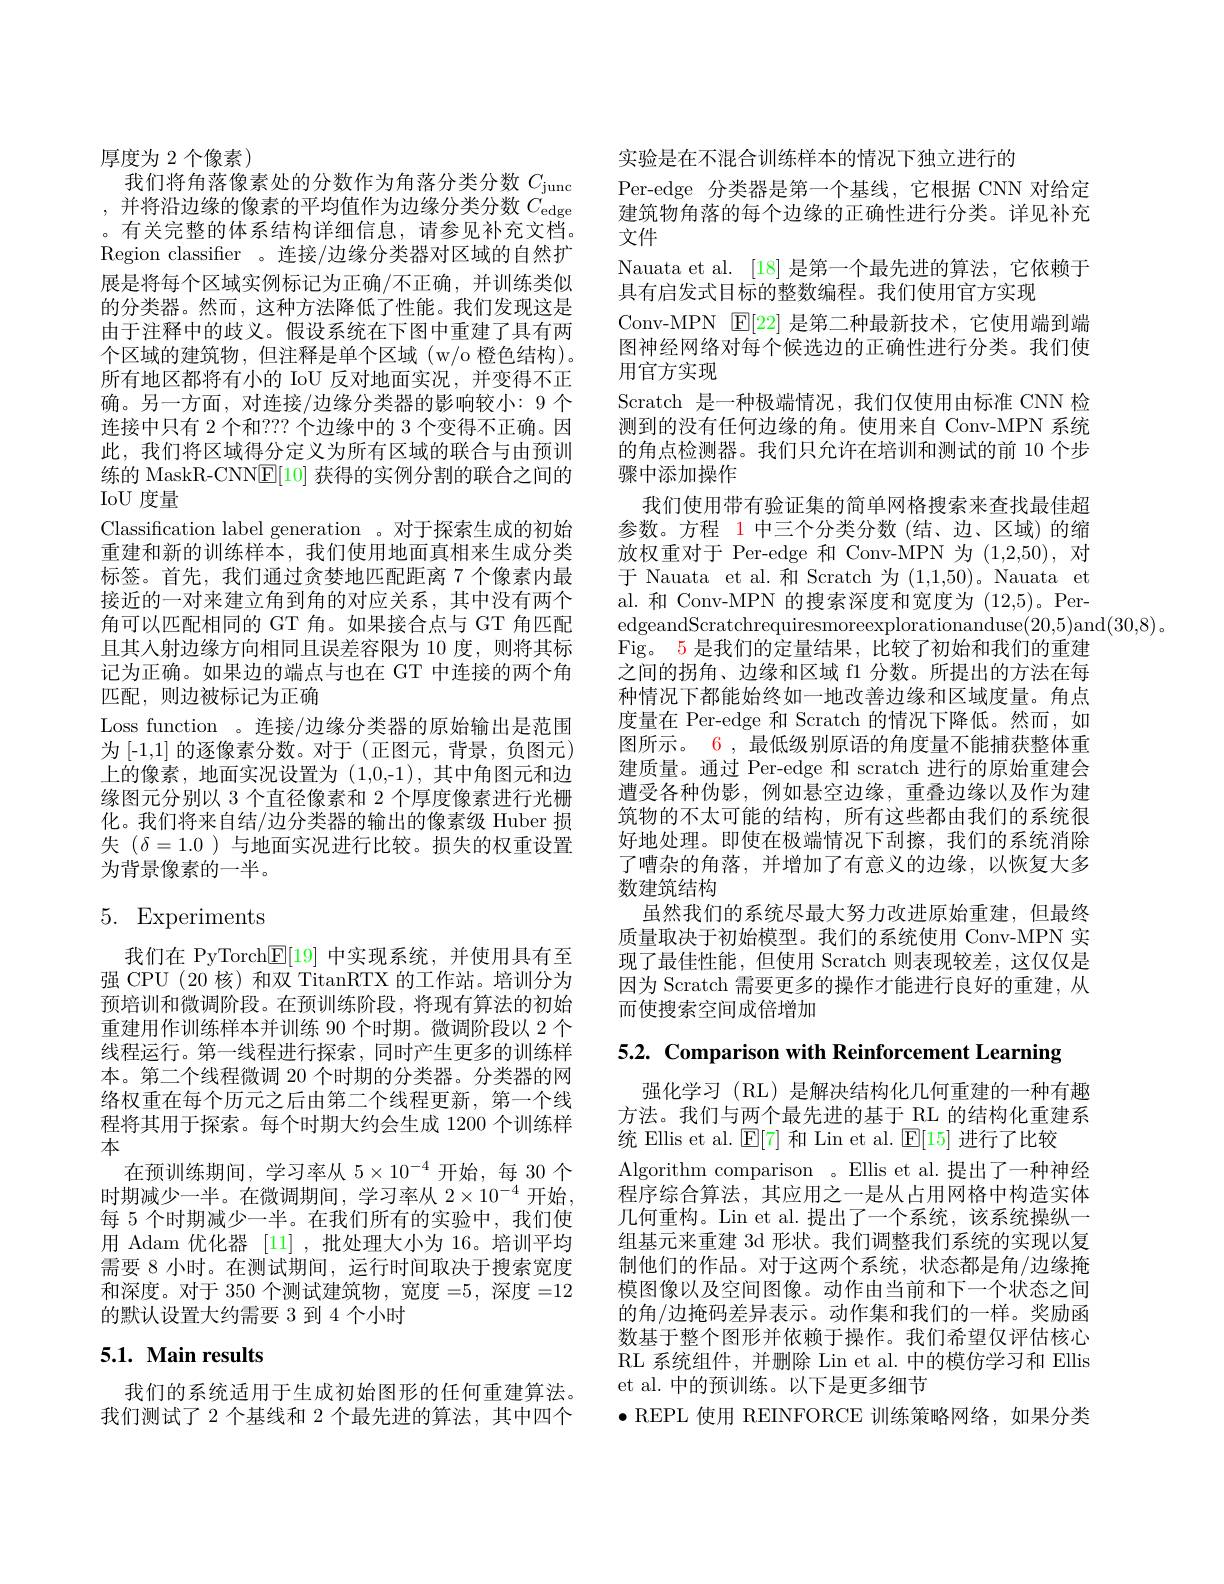
厚度为 2 个像素)
我们将角落像素处的分数作为角落分类分数$C_\mathrm{junc}$ ,并将沿边缘的像素的平均值作为边缘分类分数 $C_\mathrm{edge}$ 。有关完整的体系结构详细信息，请参见补充文档。Region classifier 。连接/边缘分类器对区域的自然扩展是将每个区域实例标记为正确/不正确，并训练类似的分类器。然而，这种方法降低了性能。我们发现这是由于注释中的歧义。假设系统在下图中重建了具有两个区域的建筑物，但注释是单个区域 (w/o 橙色结构)。所有地区都将有小的 IoU 反对地面实况，并变得不正确。另一方面，对连接/边缘分类器的影响较小：9 个连接中只有 2 个和？?? 个边缘中的 3 个变得不正确。因此，我们将区域得分定义为所有区域的联合与由预训练的 MaskR-CNN$\underline{\mathrm{E}}[10]$获得的实例分割的联合之间的IoU 度量
Classification label generation 。对于探索生成的初始重建和新的训练样本，我们使用地面真相来生成分类标签。首先，我们通过贪婪地匹配距离 7 个像素内最接近的一对来建立角到角的对应关系，其中没有两个角可以匹配相同的 GT 角。如果接合点与 GT 角匹配且其人射边缘方向相同且误差容限为 10 度，则将其标记为正确。如果边的端点与也在 GT 中连接的两个角匹配，则边被标记为正确
Loss function 。连接/边缘分类器的原始输出是范围为[-1,1] 的逐像素分数。对于(正图元，背景，负图元) 上的像素，地面实况设置为(1,0,-1),其中角图元和边缘图元分别以 3 个直径像素和 2 个厚度像素进行光栅化。我们将来自结/边分类器的输出的像素级 Huber 损失$(\delta=1.0$ )与地面实况进行比较。损失的权重设置为背景像素的一半。

# 5. Experiments

我们在 PyTorch$\boxed{\mathbb{E}}[19]$中实现系统，并使用具有至强 CPU (20 核) 和双 TitanRTX 的工作站。培训分为预培训和微调阶段。在预训练阶段，将现有算法的初始重建用作训练样本并训练 90 个时期。微调阶段以 2 个线程运行。第一线程进行探索，同时产生更多的训练样本。第二个线程微调 20 个时期的分类器。分类器的网络权重在每个历元之后由第二个线程更新，第一个线程将其用于探索。每个时期大约会生成 1200 个训练样本
在预训练期间，学习率从$5\times10^-4$开始，每 30 个时期减少一半。在微调期间，学习率从 2$\times10^{-4}$开始， 每 5 个时期减少一半。在我们所有的实验中，我们使用 Adam 优化器 [11] ,批处理大小为 16。培训平均需要 8 小时。在测试期间，运行时间取决于搜索宽度和深度。对于 350 个测试建筑物，宽度 =5,深度 =12的默认设置大约需要 3 到 4 个小时

# 5.1. Main results

我们的系统适用于生成初始图形的任何重建算法。我们测试了 2 个基线和 2 个最先进的算法，其中四个

实验是在不混合训练样本的情况下独立进行的
Per-edge 分类器是第一个基线，它根据 CNN 对给定建筑物角落的每个边缘的正确性进行分类。详见补充文件
Nauata et al. [18]是第一个最先进的算法，它依赖于
具有启发式目标的整数编程。我们使用官方实现
Conv-MPN $\mathbb{E}[22]$是第二种最新技术，它使用端到端图神经网络对每个候选边的正确性进行分类。我们使用官方实现
Scratch 是一种极端情况，我们仅使用由标准 CNN 检测到的没有任何边缘的角。使用来自 Conv-MPN 系统的角点检测器。我们只允许在培训和测试的前 10 个步骤中添加操作
我们使用带有验证集的简单网格搜索来查找最佳超参数。方程 1 中三个分类分数(结、边、区域)的缩放权重对于 Per-edge 和 Conv-MPN 为 (1,2,50), 对于 Nauata et al.和 Scratch 为 (1,1,50)。Nauata et al.和 Conv-MPN 的搜索深度和宽度为 (12,5)。PeredgeandScratchrequiresmoreexplorationanduse(20,5)and(30,8)。
Fig。5 是我们的定量结果，比较了初始和我们的重建之间的拐角、边缘和区域 f1 分数。所提出的方法在每种情况下都能始终如一地改善边缘和区域度量。角点度量在 Per-edge 和 Scratch 的情况下降低。然而，如图所示。6 , 最低级别原语的角度量不能捕获整体重建质量。通过 Per-edge 和 scratch 进行的原始重建会遭受各种伪影，例如悬空边缘，重叠边缘以及作为建筑物的不太可能的结构，所有这些都由我们的系统很好地处理。即使在极端情况下刮擦，我们的系统消除了嘈杂的角落，并增加了有意义的边缘，以恢复大多数建筑结构
虽然我们的系统尽最大努力改进原始重建，但最终质量取决于初始模型。我们的系统使用 Conv-MPN 实现了最佳性能，但使用 Scratch 则表现较差，这仅仅是因为 Scratch 需要更多的操作才能进行良好的重建，从而使搜索空间成倍增加

$5. 2. \textbf{ Comparison with Reinforcement Learning}$

强化学习(RL)是解决结构化几何重建的一种有趣方法。我们与两个最先进的基于 RL 的结构化重建系统 Ellis et al. $\boxed{\mathrm{E}}[7]$和 Lin et al. $\boxed{\mathrm{E}}[15]$进行了比较
Algorithm comparison 。Ellis et al. 提出了一种神经程序综合算法，其应用之一是从占用网格中构造实体几何重构。Lin et al.提出了一个系统，该系统操纵一组基元来重建 3d 形状。我们调整我们系统的实现以复制他们的作品。对于这两个系统，状态都是角/边缘掩模图像以及空间图像。动作由当前和下一个状态之间的角/边掩码差异表示。动作集和我们的一样。奖励函数基于整个图形并依赖于操作。我们希望仅评估核心RL 系统组件，并删除 Lin et al. 中的模仿学习和 Ellis et al.中的预训练。以下是更多细节
$\bullet$ REPL 使用 REINFORCE 训练策略网络，如果分类